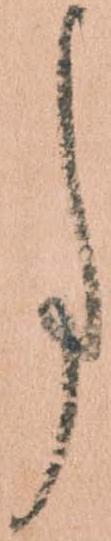
事